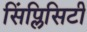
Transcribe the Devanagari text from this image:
सिंप्लिसिटी